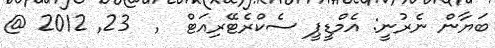
ބަޔާން ނެރުނީ: އެމްޑީޕީ ސެކްރެޓޭރިއަޓް